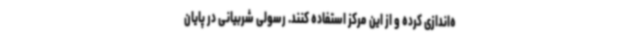
ه‌اندازی کرده و از این مرکز استفاده کنند. رسولی شربیانی در پایان